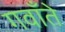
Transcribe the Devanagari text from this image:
गवाँते